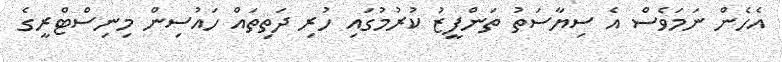
އެހެން ނަމަވެސް އެ ސިޔާސަތު ތަންފީޒު ކުރުމުގައި ހުރި ދަތިތައް ހައުސިން މިނިސްޓްރީގެ